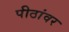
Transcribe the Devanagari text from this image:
पीठांवर